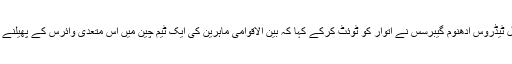
عالمی ادارہ صحت (ڈبلیو ایچ او) کے ڈائریکٹر جنرل ٹیڈروس ادھنوم گیبرسس نے اتوار کو ٹوئٹ کرکے کہا کہ بین الاقوامی ماہرین کی ایک ٹیم چین میں اس متعدی وائرس کے پھیلنے کی جانچ پڑتال کرنے کے لئے روانہ ہو چکی ہے۔